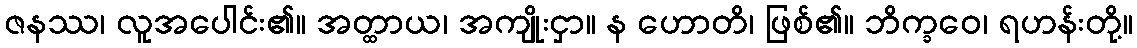
ဇနဿ၊ လူအပေါင်း၏။ အတ္ထာယ၊ အကျိုးငှာ။ န ဟောတိ၊ ဖြစ်၏။ ဘိက္ခဝေ၊ ရဟန်းတို့။